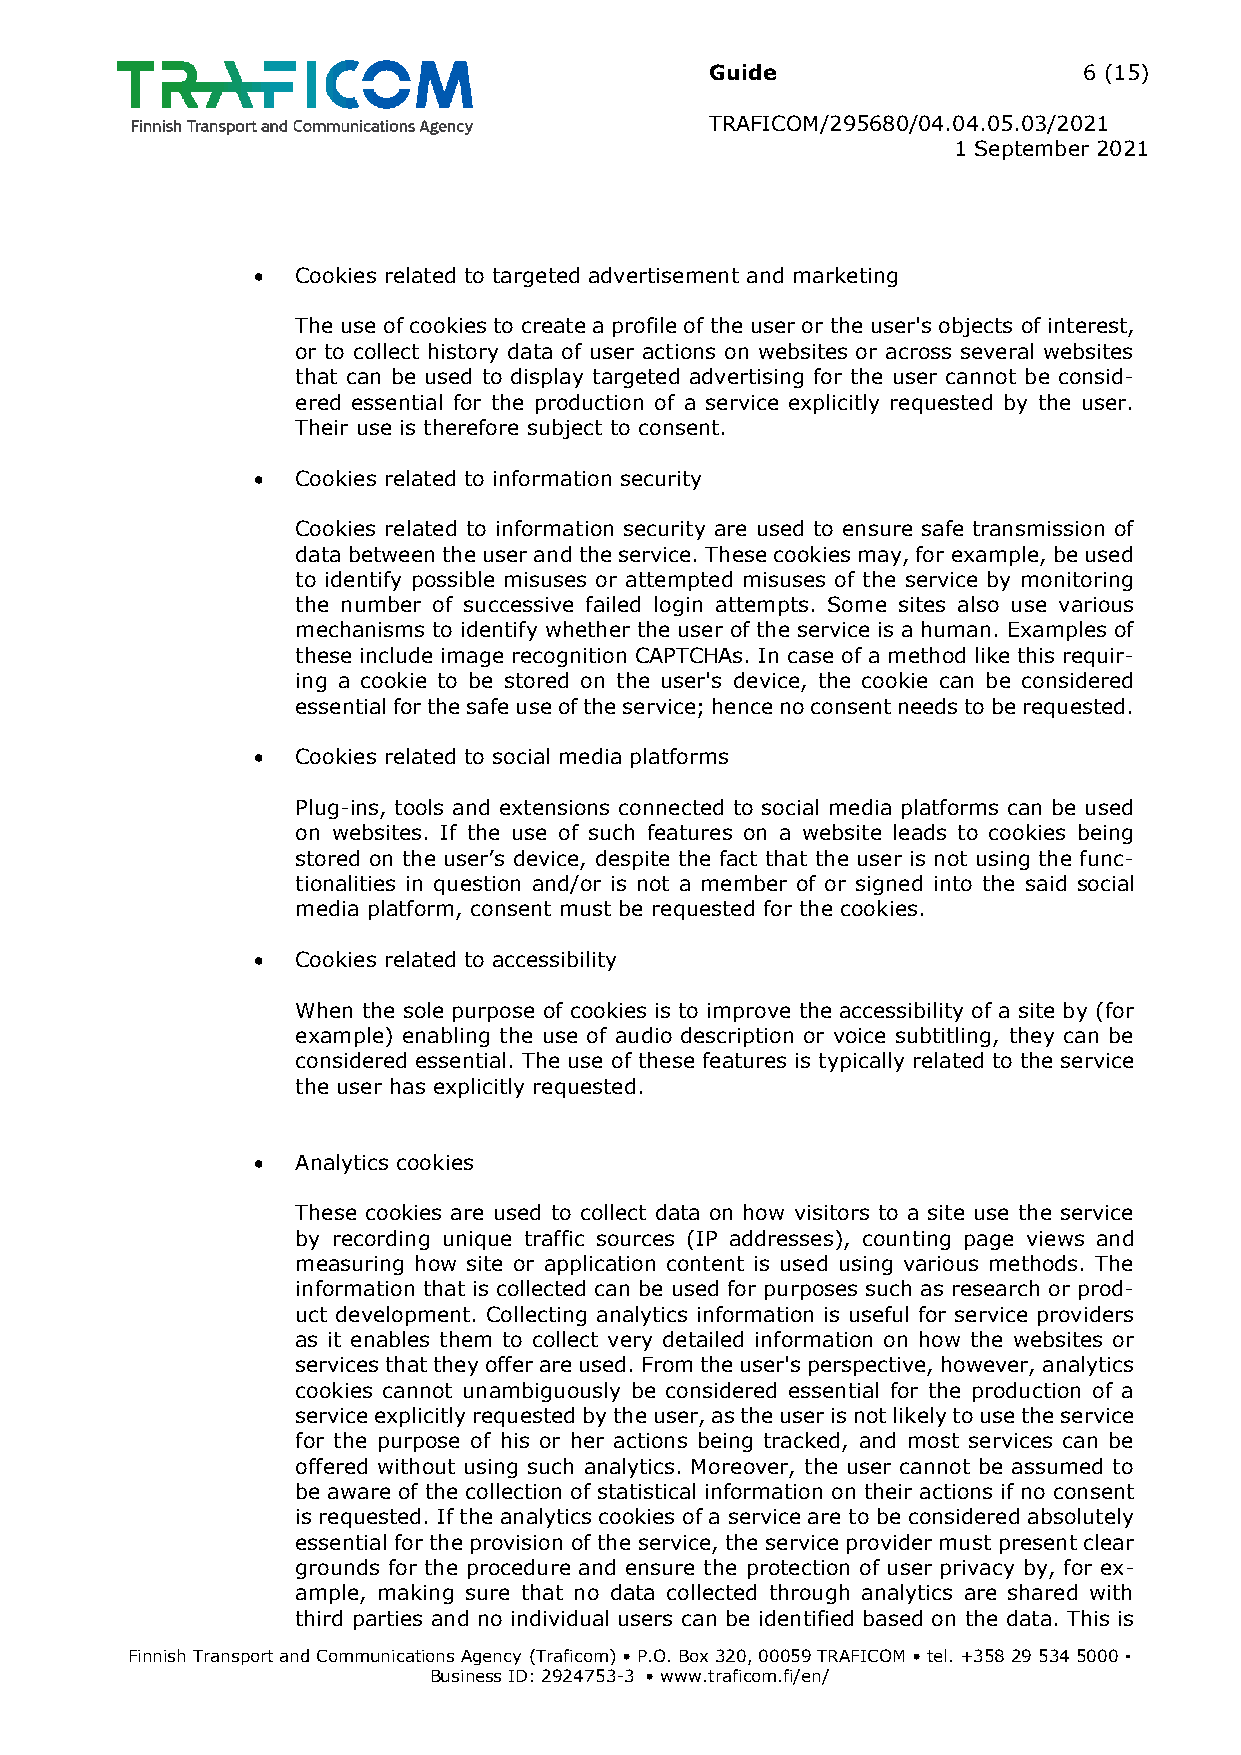
Guide                    6 (15)
 TRAFICOM/295680/04.04.05.03/2021
 1 September 2021
   Cookies related to targeted advertisement and marketing
 The use of cookies to create a profile of the user or the user's objects of interest,
 or to collect history data of user actions on websites or across several websites
 that can be used to display targeted advertising for the user cannot be consid-
 ered essential for the production of a service explicitly requested by the user.
 Their use is therefore subject to consent.
   Cookies related to information security
 Cookies related to information security are used to ensure safe transmission of
 data between the user and the service. These cookies may, for example, be used
 to identify possible misuses or attempted misuses of the service by monitoring
 the number of successive failed login attempts. Some sites also use various
 mechanisms to identify whether the user of the service is a human. Examples of
 these include image recognition CAPTCHAs. In case of a method like this requir-
 ing a cookie to be stored on the user's device, the cookie can be considered
 essential for the safe use of the service; hence no consent needs to be requested.
   Cookies related to social media platforms
 Plug-ins, tools and extensions connected to social media platforms can be used
 on websites. If the use of such features on a website leads to cookies being
 stored on the user’s device, despite the fact that the user is not using the func-
 tionalities in question and/or is not a member of or signed into the said social
 media platform, consent must be requested for the cookies.
   Cookies related to accessibility
 When the sole purpose of cookies is to improve the accessibility of a site by (for
 example) enabling the use of audio description or voice subtitling, they can be
 considered essential. The use of these features is typically related to the service
 the user has explicitly requested.
   Analytics cookies
 These cookies are used to collect data on how visitors to a site use the service
 by recording unique traffic sources (IP addresses), counting page views and
 measuring how site or application content is used using various methods. The
 information that is collected can be used for purposes such as research or prod-
 uct development. Collecting analytics information is useful for service providers
 as it enables them to collect very detailed information on how the websites or
 services that they offer are used. From the user's perspective, however, analytics
 cookies cannot unambiguously be considered essential for the production of a
 service explicitly requested by the user, as the user is not likely to use the service
 for the purpose of his or her actions being tracked, and most services can be
 offered without using such analytics. Moreover, the user cannot be assumed to
 be aware of the collection of statistical information on their actions if no consent
 is requested. If the analytics cookies of a service are to be considered absolutely
 essential for the provision of the service, the service provider must present clear
 grounds for the procedure and ensure the protection of user privacy by, for ex-
 ample, making sure that no data collected through analytics are shared with
 third parties and no individual users can be identified based on the data. This is
 Finnish Transport and Communications Agency (Traficom) • P.O. Box 320, 00059 TRAFICOM • tel. +358 29 534 5000 ▪
 Business ID: 2924753-3 • www.traficom.fi/en/